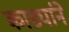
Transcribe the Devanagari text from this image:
काड्यांने